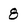
Character: 8